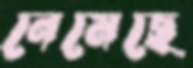
নেমেছে